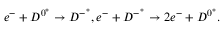
e ^ { - } + D ^ { 0 ^ { * } } \rightarrow D ^ { - ^ { * } } , e ^ { - } + D ^ { - ^ { * } } \rightarrow 2 e ^ { - } + D ^ { 0 ^ { * } } .